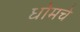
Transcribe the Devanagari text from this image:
धोमचे